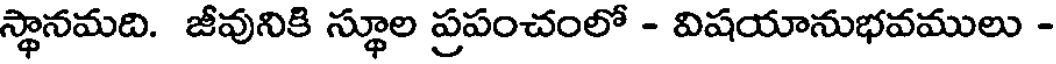
స్థానమది. జీవునికి స్థూల ప్రపంచంలో - విషయానుభవములు -